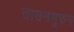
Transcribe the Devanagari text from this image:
ताउनमुरुन